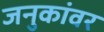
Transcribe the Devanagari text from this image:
जनुकांवर